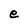
Character: e